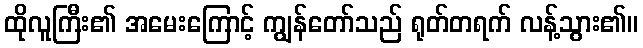
ထိုလူကြီး၏ အမေးကြောင့် ကျွန်တော်သည် ရုတ်တရက် လန့်သွား၏။